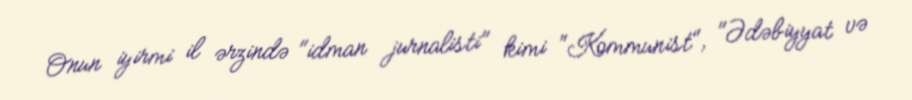
Onun iyirmi il ərzində "idman jurnalisti" kimi "Kommunist", "Ədəbiyyat və